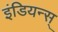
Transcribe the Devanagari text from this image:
इंडियन्स्